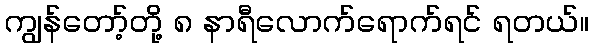
ကျွန်တော့်တို့ ၈ နာရီလောက်ရောက်ရင် ရတယ်။